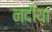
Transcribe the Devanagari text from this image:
नदीय़ा